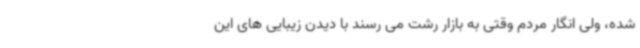
شده، ولی انگار مردم وقتی به بازار رشت می رسند با دیدن زیبایی های این